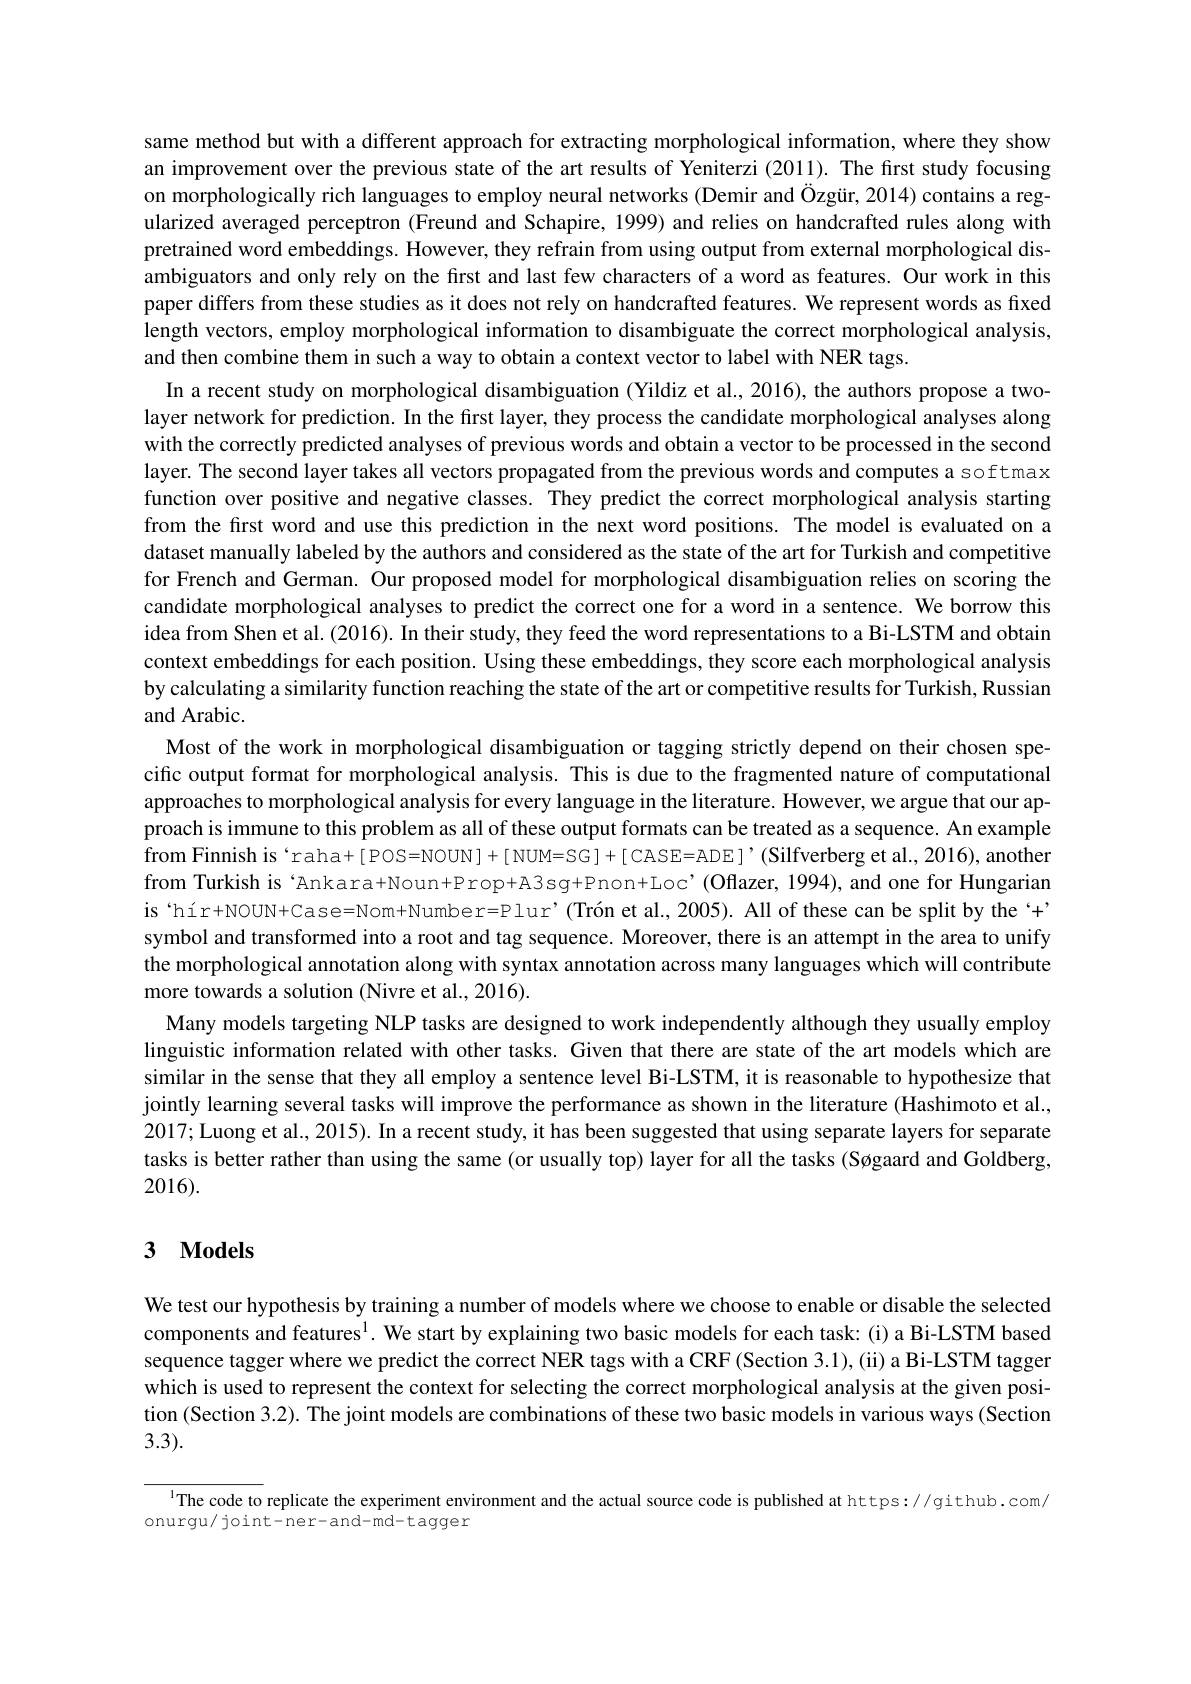
same method but with a different approach for extracting morphological information, where they show an improvement over the previous state of the art results of Yeniterzi (2011). The first study focusing on morphologically rich languages to employ neural networks (Demir and Özgür, 2014) contains a regularized averaged perceptron (Freund and Schapire, 1999) and relies on handcrafted rules along with pretrained word embeddings. However, they refrain from using output from external morphological disambiguators and only rely on the first and last few characters of a word as features. Our work in this paper differs from these studies as it does not rely on handcrafted features. We represent words as fixed length vectors, employ morphological information to disambiguate the correct morphological analysis, and then combine them in such a way to obtain a context vector to label with NER tags.
In a recent study on morphological disambiguation (Yildiz et al., 2016), the authors propose a twolayer network for prediction. In the first layer, they process the candidate morphological analyses along with the correctly predicted analyses of previous words and obtain a vector to be processed in the second layer. The second layer takes all vectors propagated from the previous words and computes a softmax function over positive and negative classes. They predict the correct morphological analysis starting from the first word and use this prediction in the next word positions. The model is evaluated on a dataset manually labeled by the authors and considered as the state of the art for Turkish and competitive for French and German. Our proposed model for morphological disambiguation relies on scoring the candidate morphological analyses to predict the correct one for a word in a sentence. We borrow this idea from Shen et al.(2016). In their study, they feed the word representations to a Bi-LSTM and obtain context embeddings for each position. Using these embeddings, they score each morphological analysis by calculating a similarity function reaching the state of the art or competitive results for Turkish, Russian and Arabic.
Most of the work in morphological disambiguation or tagging strictly depend on their chosen specific output format for morphological analysis. This is due to the fragmented nature of computational approaches to morphological analysis for every language in the literature. However, we argue that our approach is immune to this problem as all of these output formats can be treated as a sequence. An example from Finnish is`raha+[POS=NOUN]+[NUM=SG]+[CASE=ADE]'(Silfverberg et al.,2016), another from Turkish is‘Ankara+Noun+Prop+A3sg+Pnon+Loc’(Oflazer,1994),and one for Hungarian is‘hír+NOUN+Case=Nom+Number=Plur’(Trón et al., 2005). All of these can be split by the‘+” symbol and transformed into a root and tag sequence. Moreover, there is an attempt in the area to unify the morphological annotation along with syntax annotation across many languages which will contribute more towards a solution (Nivre et al., 2016).
Many models targeting NLP tasks are designed to work independently although they usually employ linguistic information related with other tasks. Given that there are state of the art models which are similar in the sense that they all employ a sentence level Bi-LSTM, it is reasonable to hypothesize that jointly learning several tasks will improve the performance as shown in the literature (Hashimoto et al., 2017; Luong et al., 2015). In a recent study, it has been suggested that using separate layers for separate tasks is better rather than using the same (or usually top) layer for all the tasks (Søgaard and Goldberg, 2016).

## 3 $\mathbf{Models}$

We test our hypothesis by training a number of models where we choose to enable or disable the selected components and features$^{1}$. We start by explaining two basic models for each task: (i) a Bi-LSTM based sequence tagger where we predict the correct NER tags with a CRF (Section 3.1), (ii) a Bi-LSTM tagger which is used to represent the context for selecting the correct morphological analysis at the given position (Section 3.2). The joint models are combinations of these two basic models in various ways (Section 3.3).

1The code to replicate the experiment environment and the actual source code is published at https://github.com/
onurgu/ joint- ner- and- md- t a g g e r